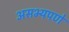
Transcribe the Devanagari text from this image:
असभ्यपणे